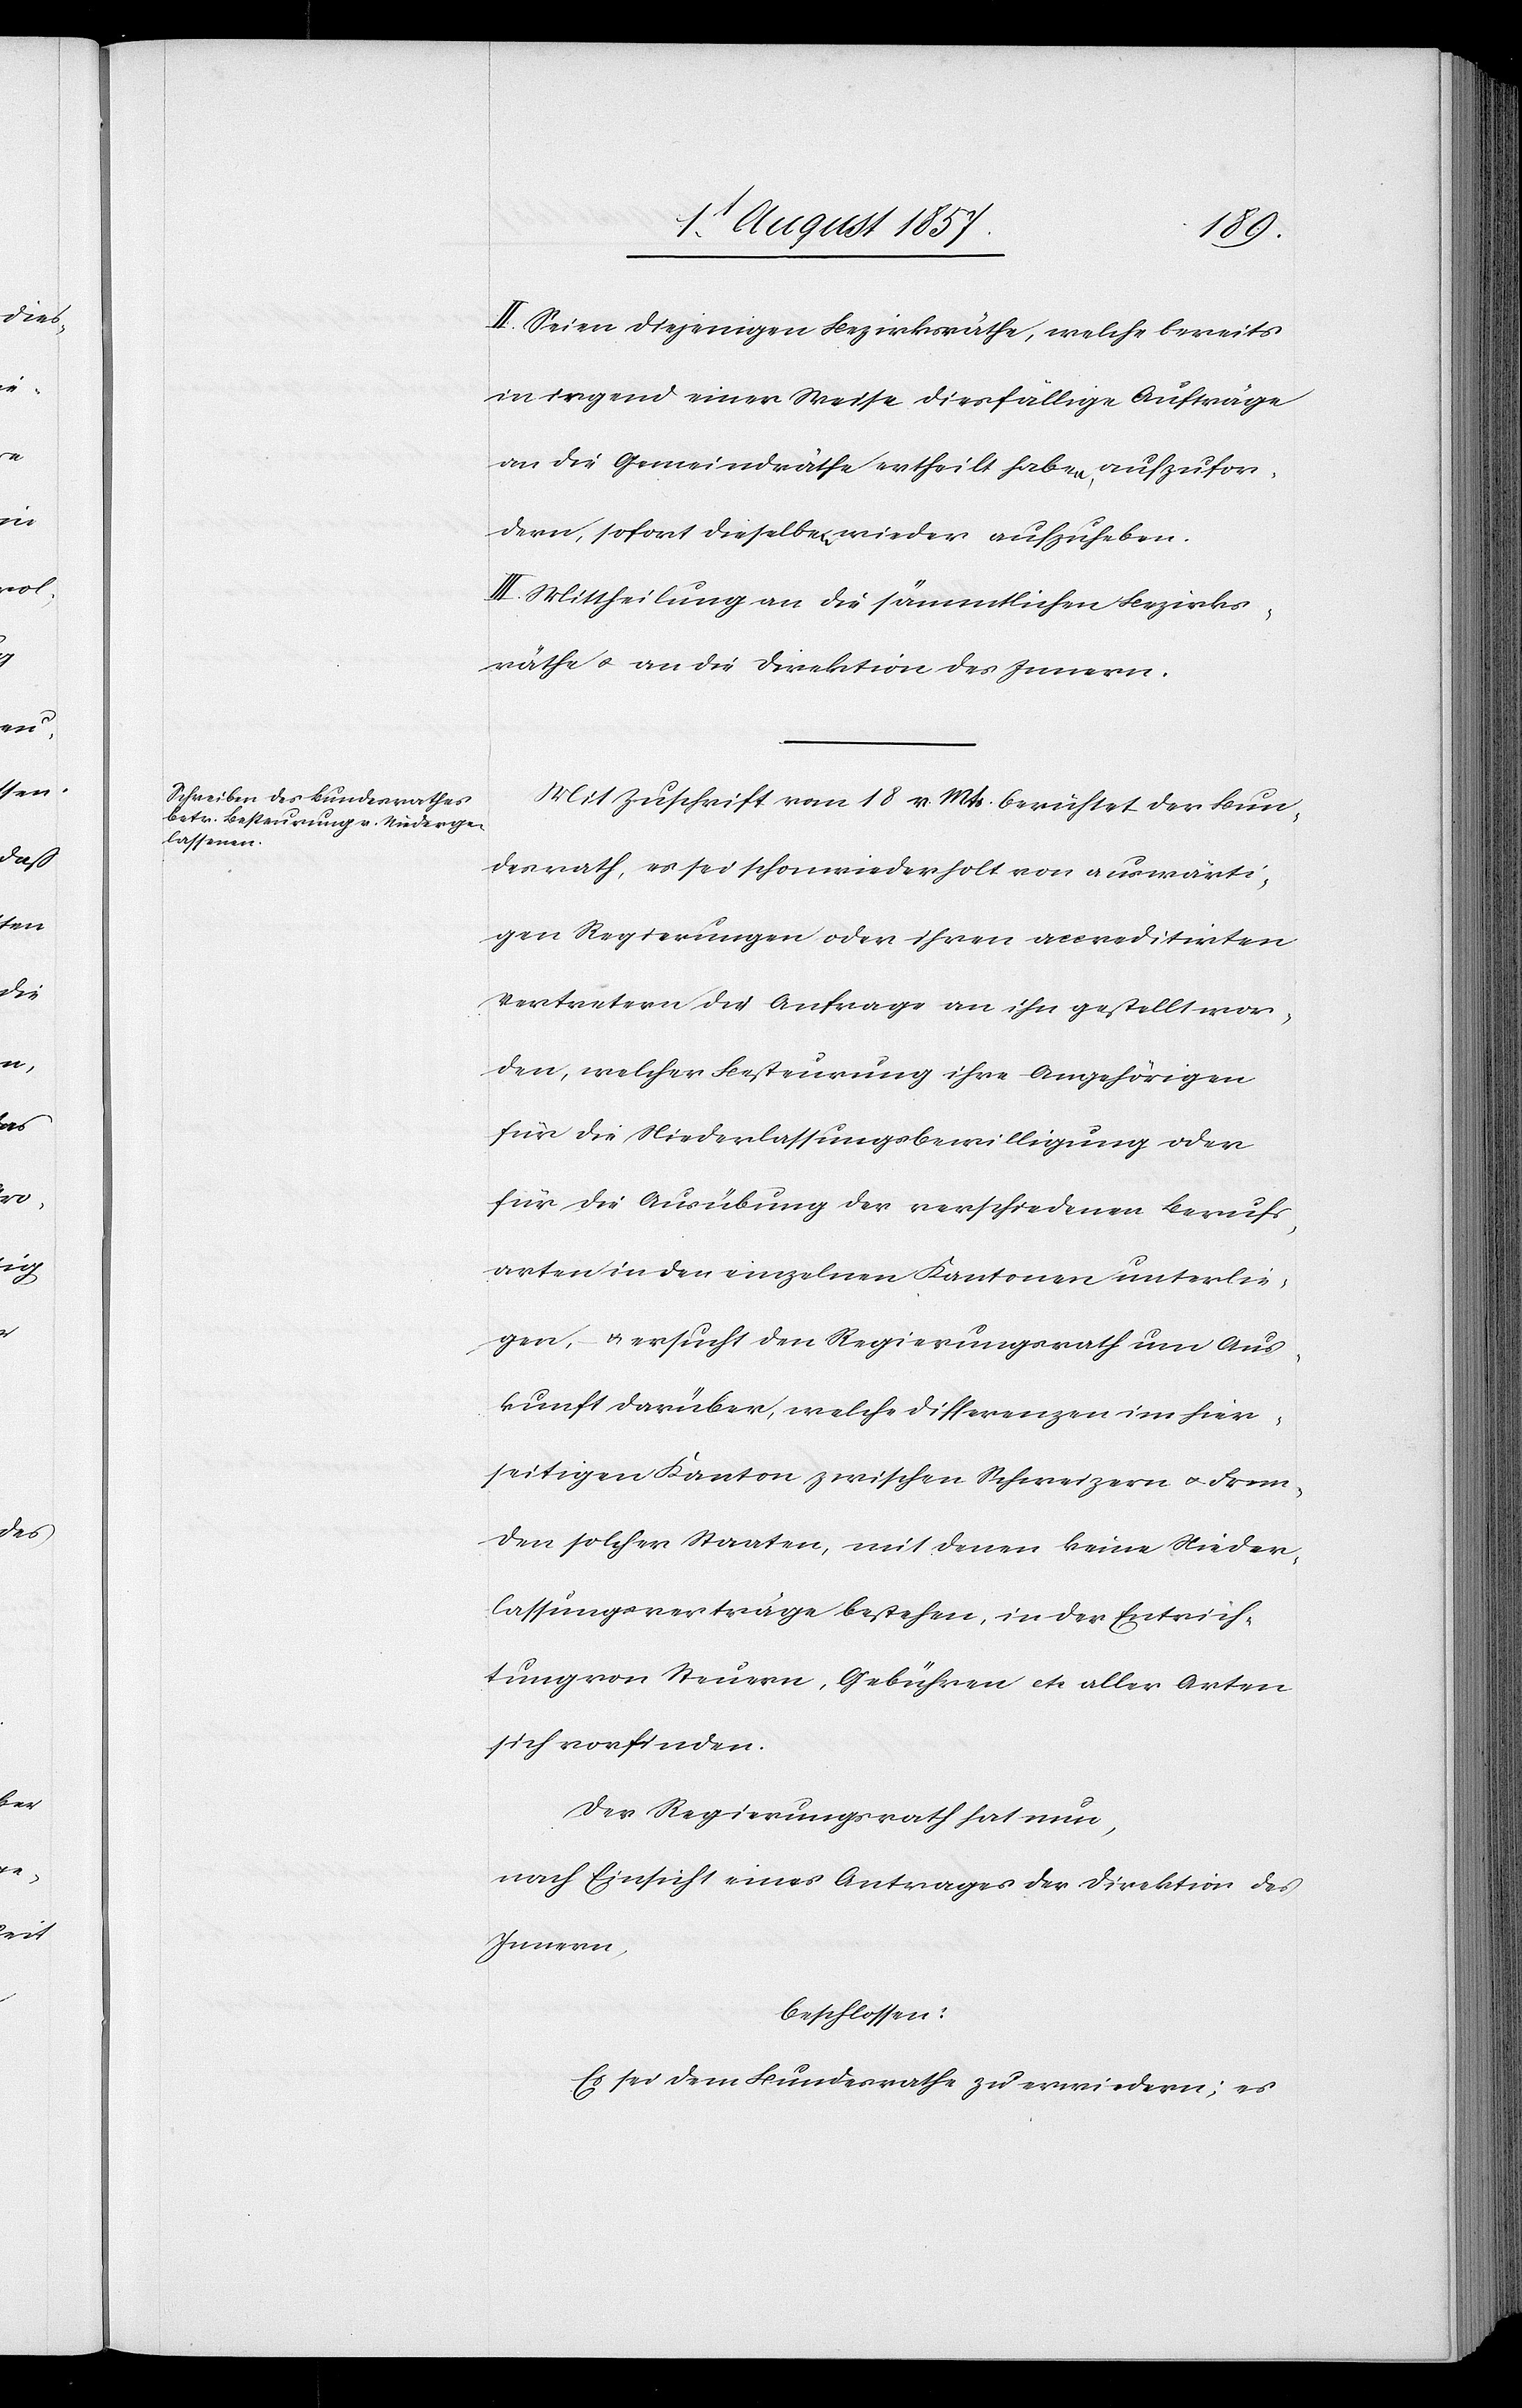
II. Seien diejenigen Bezirksräthe, welche bereits
in irgend einer Weise diesfällige Aufträge
an die Gemeindräthe ertheilt haben, aufzufor¬
dern, sofort dieselben wieder aufzuheben.
III. Mittheilung an die sämmtlichen Bezirks¬
räthe & an die Direktion des Innern.
Mit Zuschrift vom 18 v. Mts. berichtet der Bun¬
desrath, es sei schon wiederholt von auswärti¬
gen Regierungen oder ihren accreditirten
Vertretern die Anfrage an ihn gestellt wor¬
den, welcher Besteurung ihre Angehörigen
für die Niederlaßungsbewilligung oder
für die Ausübung der verschiedenen Berufs¬
arten in den einzelnen Kantonen unterlie¬
gen, – & ersucht den Regierungsrath um Aus¬
kunft darüber, welche Differenzen im hier¬
seitigen Kanton zwischen Schweizern & Frem¬
den solcher Staaten, mit denen keine Nieder¬
lassungsverträge bestehen, in der Entrich¬
tung von Steuern, Gebühren etc. aller Arten
sich vorfinden.
Der Regierungsrath hat nun,
nach Einsicht eines Antrages der Direktion des
Innern,
beschlossen:
Es sei dem Bundesrathe zu erwiedern: es